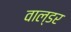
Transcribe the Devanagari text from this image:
वाल्डर